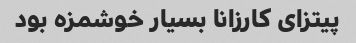
پیتزای کارزانا بسیار خوشمزه بود